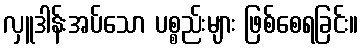
လှူဒါန်းအပ်သော ပစ္စည်းများ ဖြစ်စေရခြင်း။